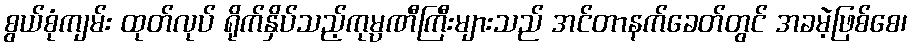
စွယ်စုံကျမ်း ထုတ်လုပ် ရိုက်နှိပ်သည့်ကုမ္ပဏီကြီးများသည် အင်တာနက်ခေတ်တွင် အခမဲ့ဖြစ်စေ၊